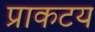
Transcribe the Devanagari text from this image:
प्राकटय